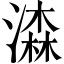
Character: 潹